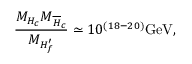
\frac { M _ { H _ { c } } M _ { \overline { { { H } } } _ { c } } } { M _ { H _ { f } ^ { \prime } } } \simeq 1 0 ^ { ( 1 8 - 2 0 ) } \mathrm { G e V } ,